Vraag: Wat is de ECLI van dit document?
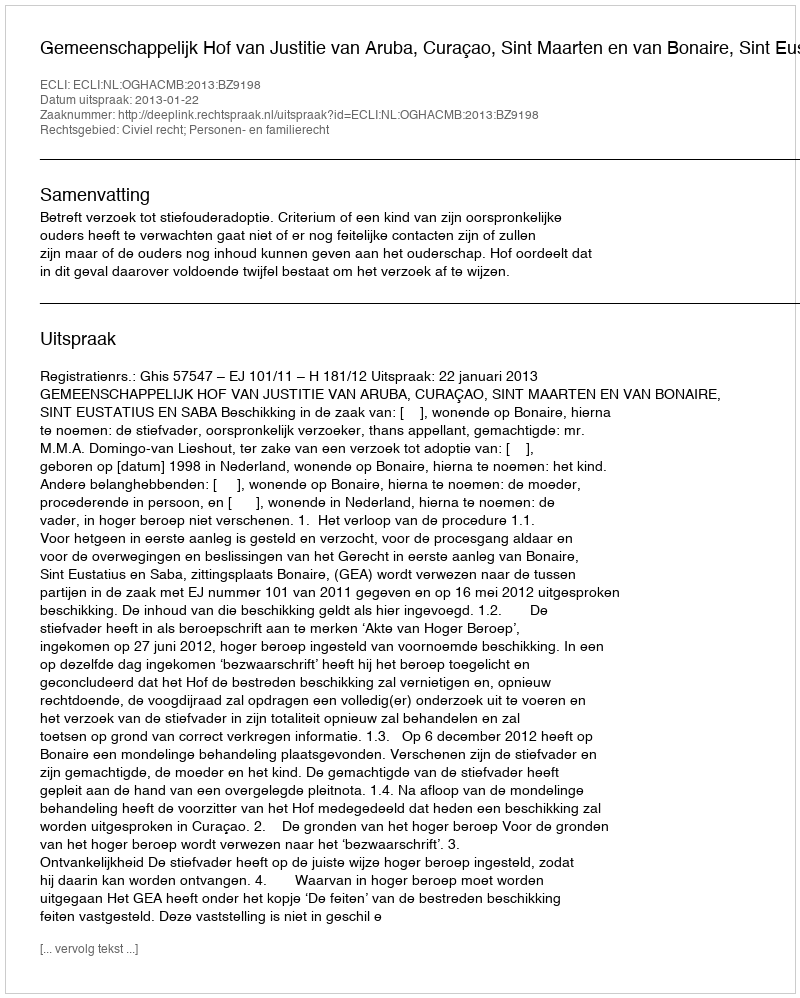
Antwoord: ECLI:NL:OGHACMB:2013:BZ9198